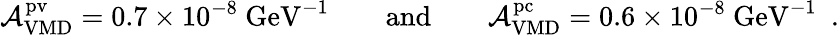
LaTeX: {\cal A}_{\mathrm{VMD}}^{\mathrm{pv}}=0.7\times 10^{-8}~\mathrm{GeV}^{-1}\qquad\mathrm{and}\qquad{\cal A}_{\mathrm{VMD}}^{\mathrm{pc}}=0.6\times 10^{-8}~\mathrm{GeV}^{-1}\ \ .